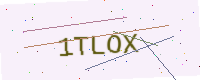
Text: 1TLOX